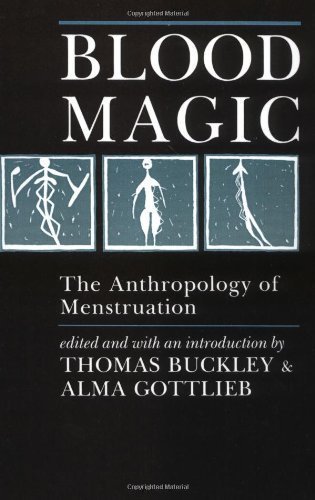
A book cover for Blood Magic: The Anthropology of Menstruation [1988]; Health, Fitness & Dieting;